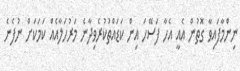
ނިންމާފައިވާ ގޮތުން އެއީ އެހާ ފަސޭހަ އިން ކަޑައްތުކުރެވިދާނެ މަރުހަލާއެއް ކަމަކަށް ނުފެނެ